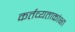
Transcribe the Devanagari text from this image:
कर्तव्यताकांक्षा